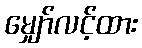
မျှော်လင့်ထား